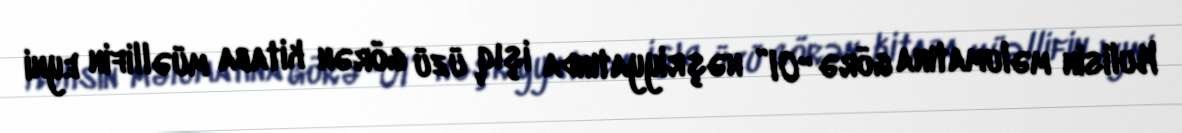
Kulisin məlumatına görə “Ol” nəşriyyatında işıq üzü görən kitaba müəllifin eyni